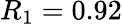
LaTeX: R_{1}=0.92